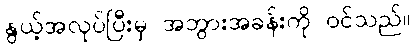
နွယ့်အလုပ်ပြီးမှ အဘွားအခန်းကို ဝင်သည်။